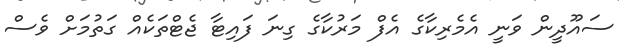
ސައޫދީން ވަނީ އެމެރިކާގެ އެފް މަރުކާގެ ގިނަ ފައިޓާ ޖެޓްތަކެއް ގަތުމަށް ވެސް